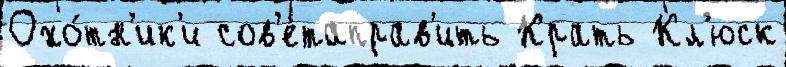
Охо́тн'ик'и сов'етаправ'ить Крать Кл'юск